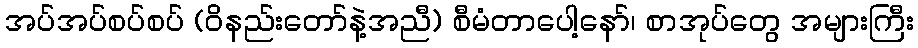
အပ်အပ်စပ်စပ် (ဝိနည်းတော်နဲ့အညီ) စီမံတာပေါ့နော်၊ စာအုပ်တွေ အများကြီး